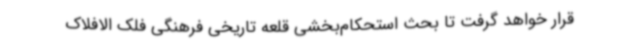
قرار خواهد گرفت تا بحث استحکام‌بخشی قلعه تاریخی فرهنگی فلک الافلاک